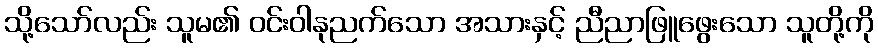
သို့သော်လည်း သူမ၏ ဝင်းဝါနုညက်သော အသားနှင့် ညီညာဖြူဖွေးသော သူတို့ကို